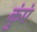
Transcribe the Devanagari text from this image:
कुंएं